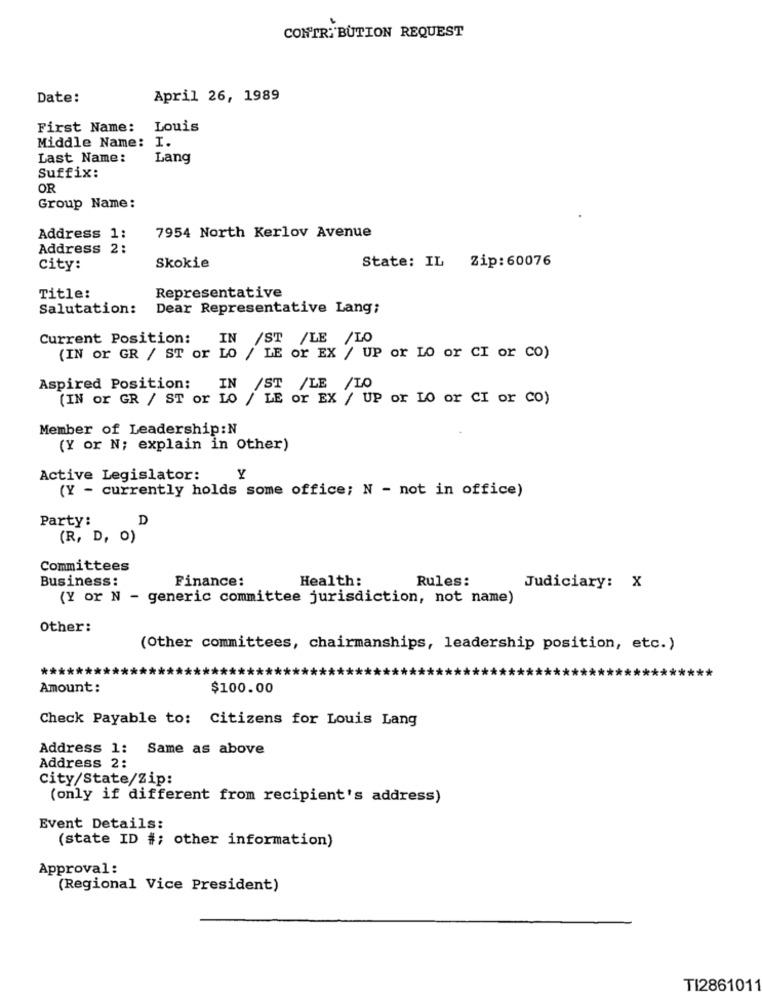
CONTRIBUTION REQUEST
Date:
April 26, 1989
First Name: Louis
Middle Name: I.
Last Name:
Lang
Suffix:
OR
Group Name:
Address 1:
7954 North Kerlov Avenue
Address 2:
State: IL Zip: 60076
city:
Skokie
Title:
Representative
Salutation:
Dear Representative Lang;
Current Position:
IN /ST /LE /LO
(IN or GR / ST or LO
/ LE or EX / UP or LO or CI or CO)
Aspired Position:
IN /ST /LE /LO
(IN or GR / ST or LO / LE or EX / UP or LO or CI or co)
Member of Leadership:N
(Y or N; explain in Other)
Active Legislator:
y
(Y - currently holds some office; N - not in office)
Party:
D
(R, D, O)
Committees
Business:
Finance:
Health:
Rules:
Judiciary: X
(Y or N - generic committee jurisdiction, not name)
Other:
(Other committees, chairmanships, leadership position, etc.)
Amount:
$100.00
Check Payable to: Citizens for Louis Lang
Address 1: Same as above
Address 2:
City/State/Zip:
(only if different from recipient's address)
Event Details:
(state ID #; other information)
Approval:
(Regional Vice President)
TI2861011